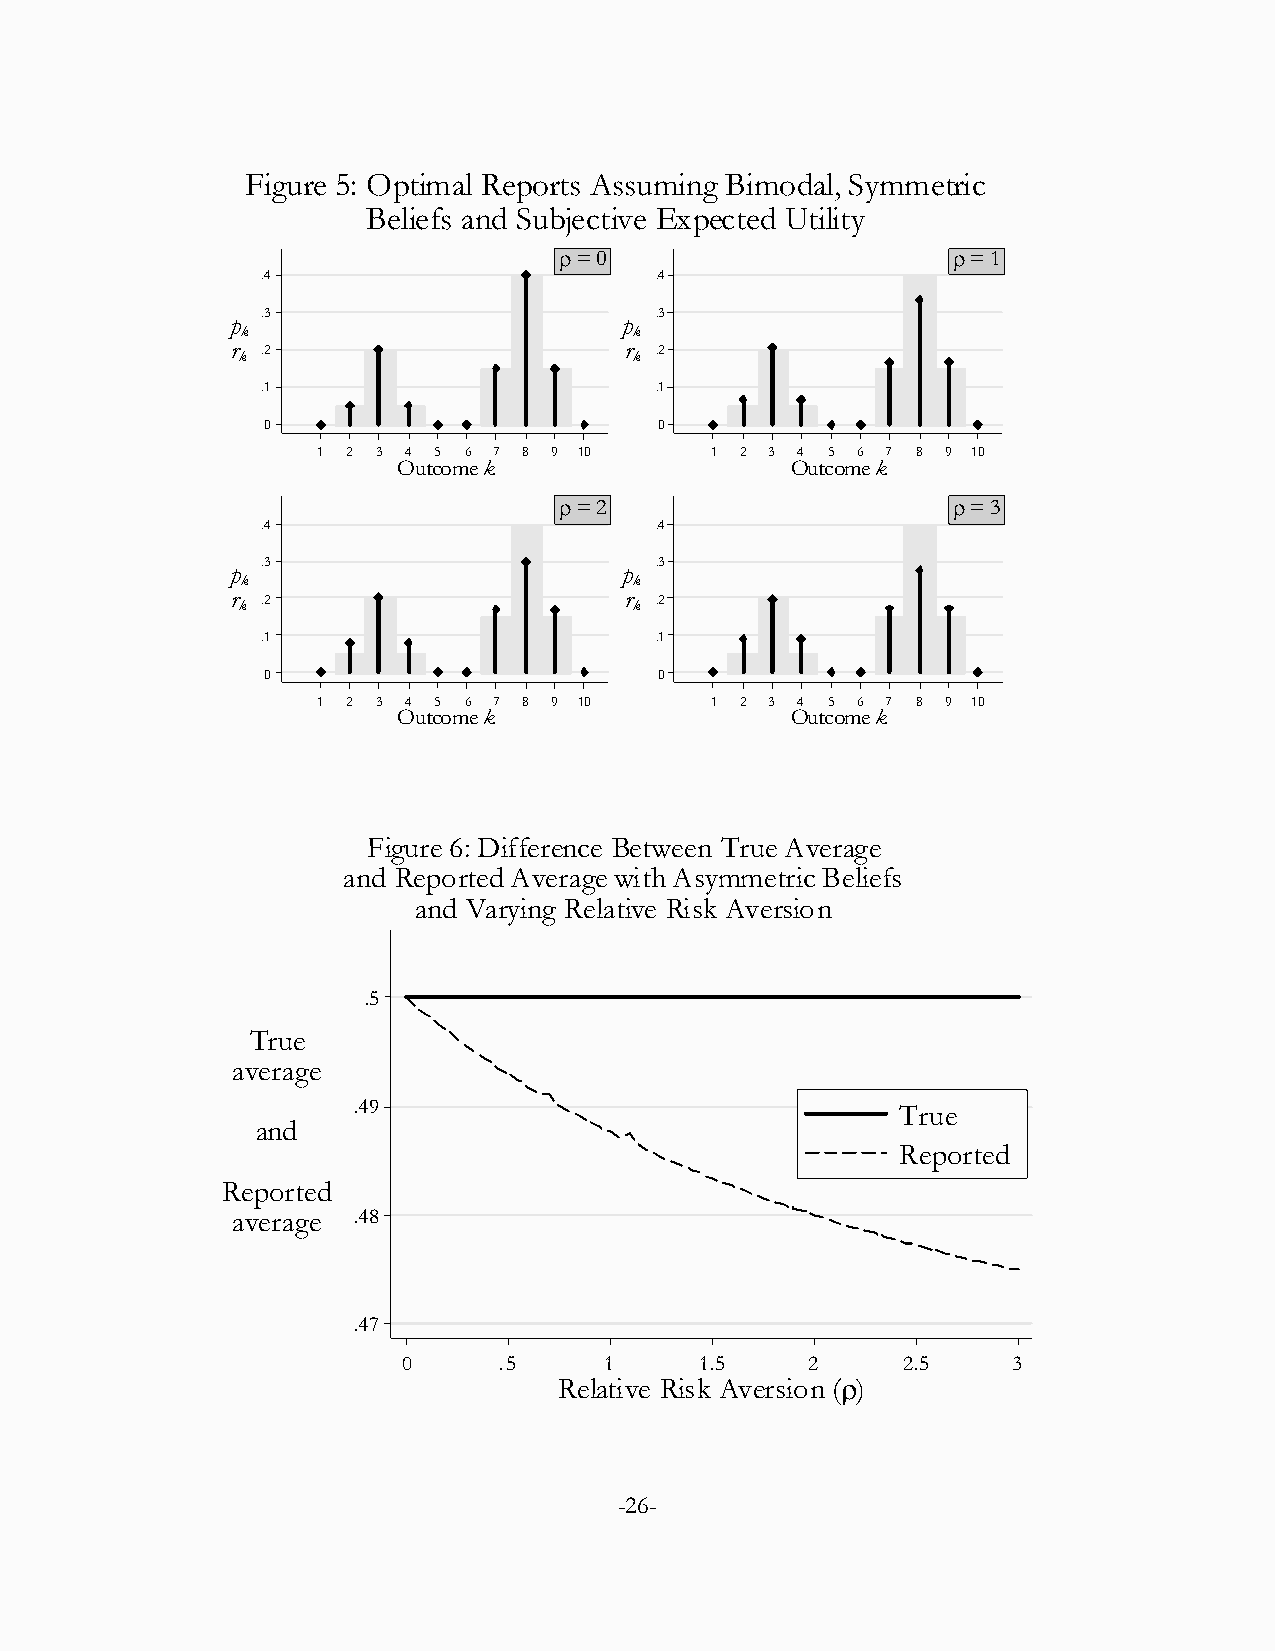
Figure 5: Optimal Reports Assuming Bimodal, Symmetric
 Beliefs and Subjective Expected Utility
  = 0                      = 1
 .4                        .4
 .3                        .3
 p                         p
 k                         k
 r .2                      r .2
 k                         k
 .1                        .1
 0                          0
 1 2 3 4 5 6 7 8 9 10      1 2 3 4 5 6 7 8 9 10
 Outcome k                 Outcome k
  = 2                      = 3
 .4                        .4
 .3                        .3
 p                         p
 k                         k
 r .2                      r .2
 k                         k
 .1                        .1
 0                          0
 1 2 3 4 5 6 7 8 9 10      1 2 3 4 5 6 7 8 9 10
 Outcome k                 Outcome k
 Figure 6: Difference Between True Average
 and Reported Average with Asymmetric Beliefs
 and Varying Relative Risk Aversion
 .5
 True
 average
 .49                                  True
 and
 Reported
 Reported
 average .48
 .47
 0     .5     1     1.5    2      2.5    3
 Relative Risk Aversion ()
 -26-